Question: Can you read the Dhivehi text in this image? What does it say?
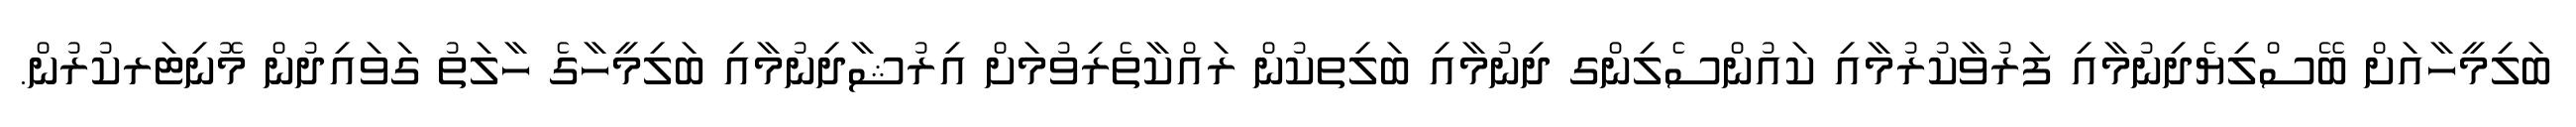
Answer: ބަލިމީހާއަށް ބޭސްލިޔެދިނުމާއި ފަރުވާކުރުމާއި ކައުންސެލިންގ ދިނުމާއި ބަލިތކުން ރައްކާތެރިވުމަށް އިރުޝާދިނުމާއި ބަލިމީހާގެ ހާލަތު ގަވައިދުން މޮނިޓަރކުރުން.